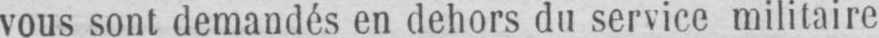
vous sont demandés en dehors du service militaire